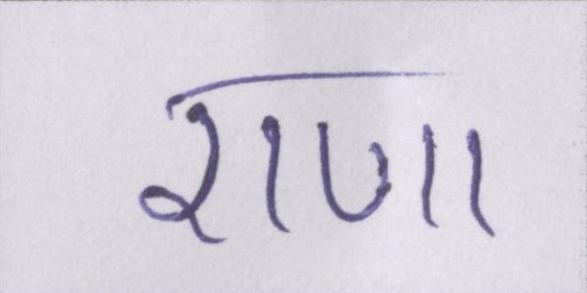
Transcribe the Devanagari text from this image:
राणा